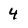
Character: 4